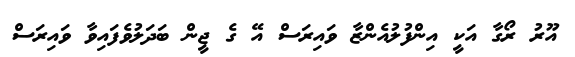
އޫރު ރޯގާ އަކީ އިންފުލުއެންޒާ ވައިރަސް އޭ ގެ ޖީން ބަދަލުވެފައިވާ ވައިރަސް